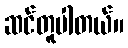
ဆင်တူပါတယ်။